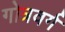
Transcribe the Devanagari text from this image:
गोत्रवर्ग